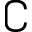
\complement